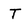
Character: T